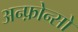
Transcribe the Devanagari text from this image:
अन्फ़ोन्सो